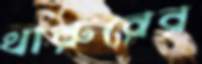
থারুরের